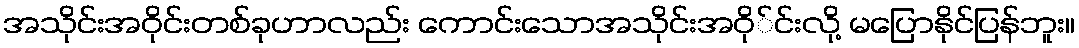
အသိုင်းအဝိုင်းတစ်ခုဟာလည်း ကောင်းသောအသိုင်းအဝို်င်းလို့ မပြောနိုင်ပြန်ဘူး။